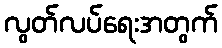
လွတ်လပ်ရေးအတွက်